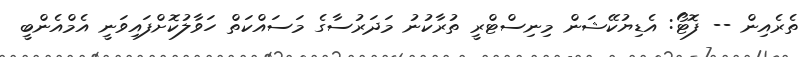
ތެރެއިން -- ފޮޓޯ: އެޑިޔުކޭޝަން މިނިސްޓްރީ ތުރާކުނު މަދަރުސާގެ މަސައްކަތް ހަވާލުކޮށްފައިވަނީ އެމްއެންބީ